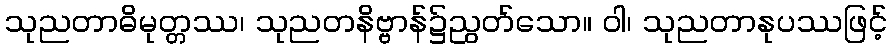
သုညတာဓိမုတ္တဿ၊ သုညတနိဗ္ဗာန်၌ညွတ်သော။ ဝါ၊ သုညတာနုပဿဖြင့်